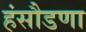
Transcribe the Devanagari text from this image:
हंसौडणा